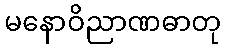
မနောဝိညာဏဓာတု